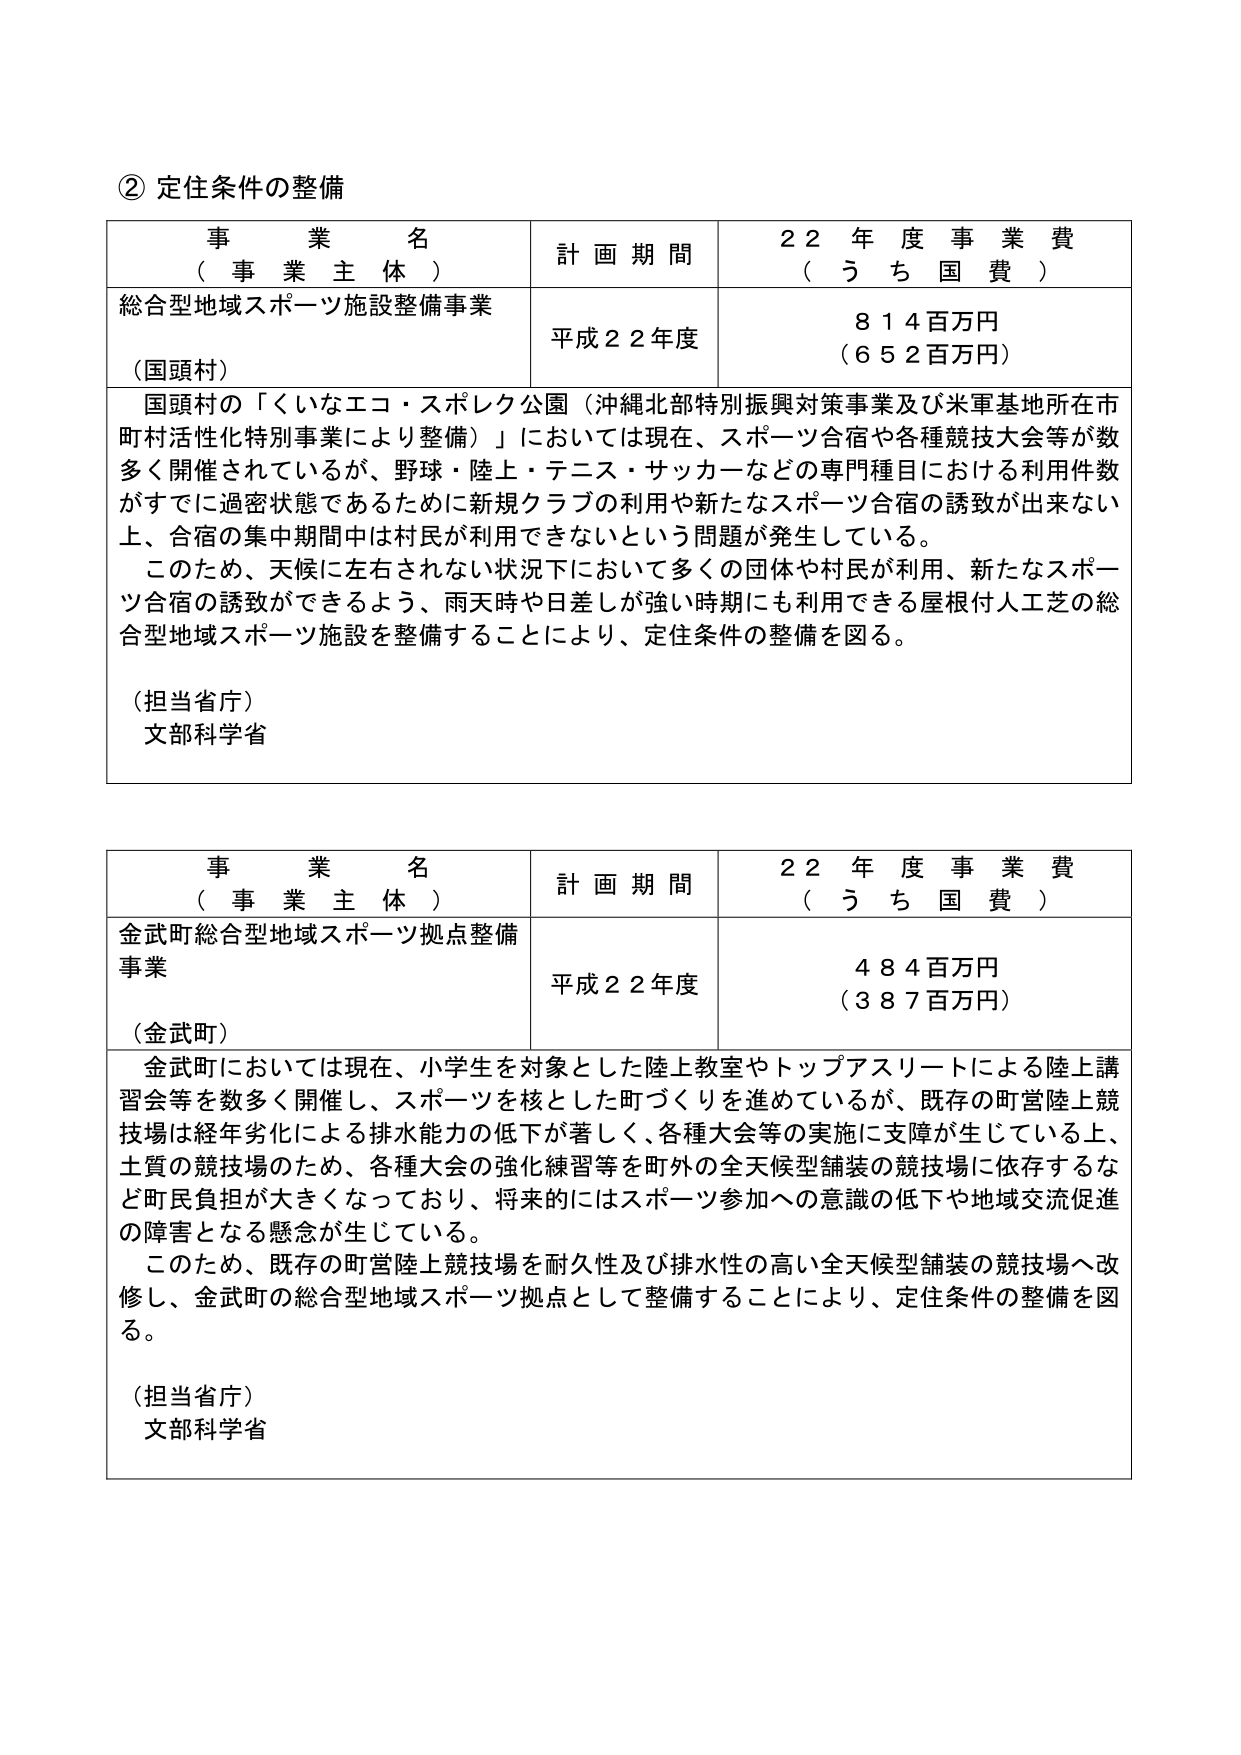
② 定住条件の整備

事 業 名
（事業主体）
計画期間
２２年度事業費
（うち国費）

総合型地域スポーツ施設整備事業
（国頭村）
平成２２年度
８１４百万円
（６５２百万円）

国頭村の「くいなエコ・スポレク公園（沖縄北部特別振興対策事業及び米軍基地所在市町村活性化特別事業により整備）」においては現在、スポーツ合宿や各種競技大会等が数多く開催されているが、野球・陸上・テニス・サッカーなどの専門種目における利用件数がすでに過密状態であるために新規クラブの利用や新たなスポーツ合宿の誘致が出来ない上、合宿の集中期間中は村民が利用できないという問題が発生している。
このため、天候に左右されない状況下において多くの団体や村民が利用、新たなスポーツ合宿の誘致ができるよう、雨天時や日差しが強い時期にも利用できる屋根付人工芝の総合型地域スポーツ施設を整備することにより、定住条件の整備を図る。

（担当省庁）
文部科学省

事 業 名
（事業主体）
計画期間
２２年度事業費
（うち国費）

金武町総合型地域スポーツ拠点整備事業
（金武町）
平成２２年度
４８４百万円
（３８７百万円）

金武町においては現在、小学生を対象とした陸上教室やトップアスリートによる陸上講習会等を数多く開催し、スポーツを核とした町づくりを進めているが、既存の町営陸上競技場は経年劣化による排水能力の低下が著しく、各種大会等の実施に支障が生じている上、土質の競技場のため、各種大会の強化練習等を町外の全天候型舗装の競技場に依存するなど町民負担が大きくなっており、将来的にはスポーツ参加への意識の低下や地域交流促進の障害となる懸念が生じている。
このため、既存の町営陸上競技場を耐久性及び排水性の高い全天候型舗装の競技場へ改修し、金武町の総合型地域スポーツ拠点として整備することにより、定住条件の整備を図る。

（担当省庁）
文部科学省